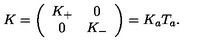
K = \left( \begin{array} { c c } { K _ { + } } & { 0 } \\ { 0 } & { K _ { - } } \\ \end{array} \right) = K _ { a } T _ { a } .